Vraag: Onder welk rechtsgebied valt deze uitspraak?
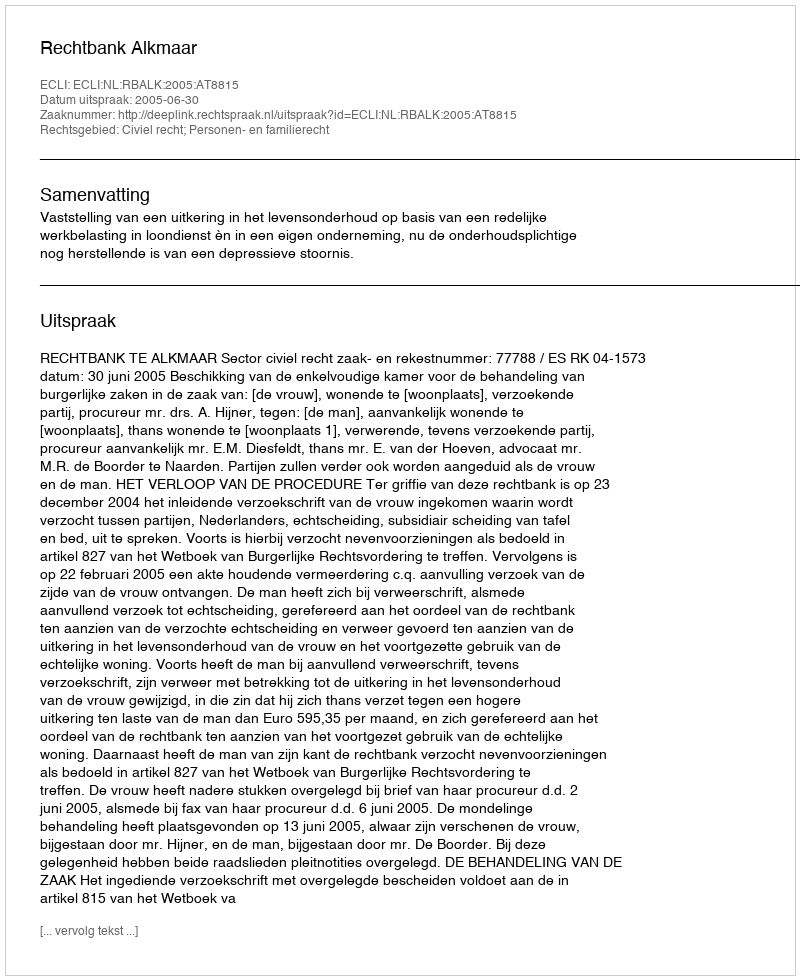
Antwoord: Civiel recht; Personen- en familierecht